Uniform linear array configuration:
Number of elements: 64
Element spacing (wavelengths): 0.25
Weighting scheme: cosine
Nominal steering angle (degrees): -30
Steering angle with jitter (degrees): -28.08
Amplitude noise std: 0.05
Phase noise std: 0.05

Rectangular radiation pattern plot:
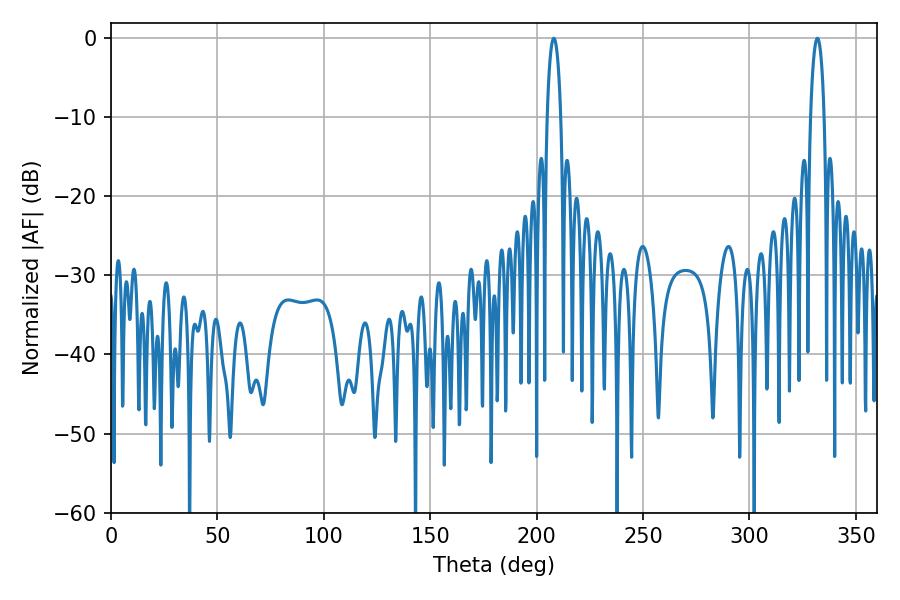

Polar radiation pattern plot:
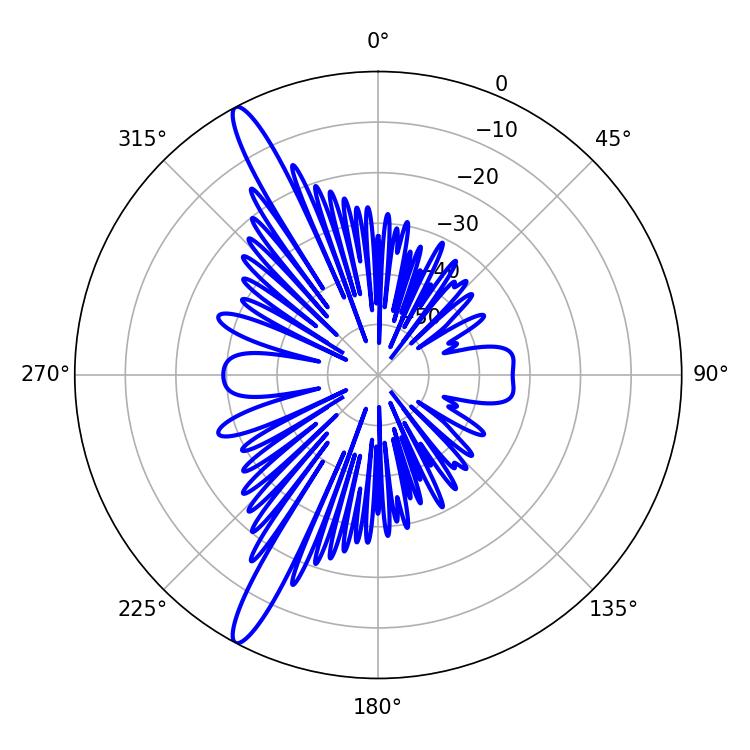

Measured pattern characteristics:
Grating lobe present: FALSE
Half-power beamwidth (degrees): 3.6
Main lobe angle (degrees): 208.08